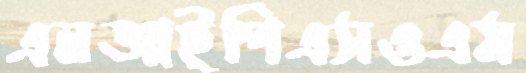
এনআইপিএসওএম